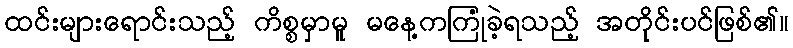
ထင်းများရောင်းသည့် ကိစ္စမှာမူ မနေ့ကကြုံခဲ့ရသည့် အတိုင်းပင်ဖြစ်၏။